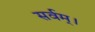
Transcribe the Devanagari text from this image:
सर्वम्।